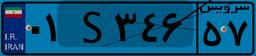
۳۴S۰۸۲۶۱